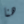
هنا